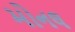
મોનલ